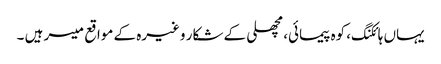
یہاں ہائکنگ، کوہ پیمائی، مچھلی کے شکار وغیرہ کے مواقع میسر ہیں ۔